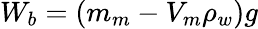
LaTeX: W_{b}=(m_{m}-V_{m}\rho_{w})g